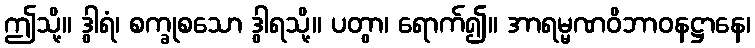
ဤသို့။ ဒွါရံ၊ စက္ခုစသော ဒွါရသို့။ ပတွာ၊ ရောက်၍။ အာရမ္မဏဝိဘာဝနဋ္ဌာနေ၊